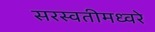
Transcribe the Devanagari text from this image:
सरस्वतीमध्वरे